Source: Handwritten
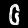
Digit: ၆ (6)